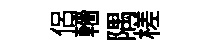
侣轖隅槎